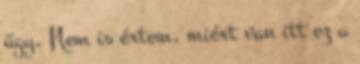
ügy. Nem is értem, miért van itt ez a